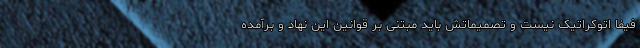
فیفا اتوکراتیک نیست و تصمیماتش باید مبتنی بر قوانین این نهاد و برآمده